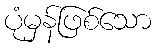
ပုံမှန်ဖြစ်သော